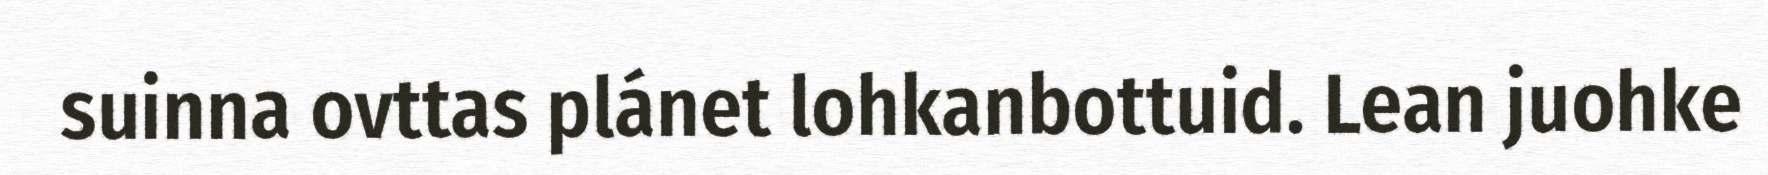
suinna ovttas plánet lohkanbottuid. Lean juohke